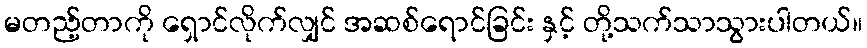
မတည့်တာကို ရှောင်လိုက်လျှင် အဆစ်ရောင်ခြင်း နှင့် တို့သက်သာသွားပါတယ်။